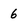
Character: 6